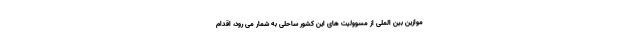
موازین بین الملی از مسوولیت های این کشور ساحلی به شمار می رود، اقدام